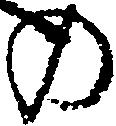
の